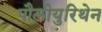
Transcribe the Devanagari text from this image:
पौलीयुरिथेन